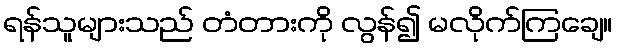
ရန်သူများသည် တံတားကို လွန်၍ မလိုက်ကြချေ။